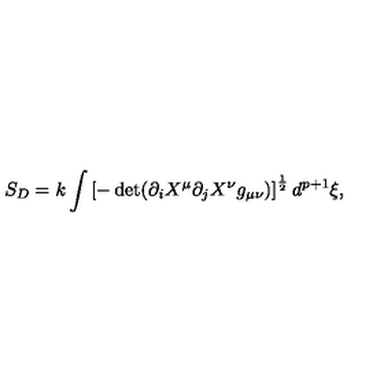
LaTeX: S _ { D } = k \int \left[ - \det ( \partial _ { i } X ^ { \mu } \partial _ { j } X ^ { \nu } g _ { \mu \nu } ) \right] ^ { \frac { 1 } { 2 } } d ^ { p + 1 } { \xi } ,